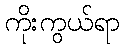
ကိုးကွယ်ရာ